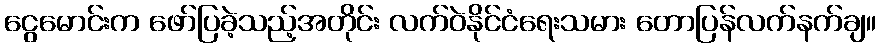
ငွေမောင်းက ဖော်ပြခဲ့သည့်အတိုင်း လက်ဝဲနိုင်ငံရေးသမား တောပြန်လက်နက်ချ။